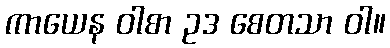
ကာယေန ဝါစာ ဥဒ စေတသာ ဝါ။